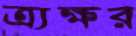
ত্র্যক্ষর